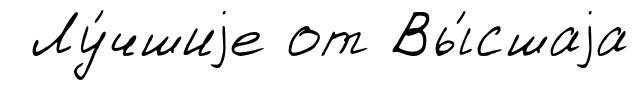
Лу́чшиjе от Вы́сшаjа